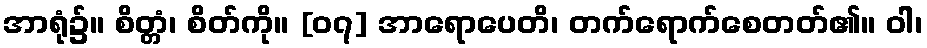
အာရုံ၌။ စိတ္တံ၊ စိတ်ကို။ [၀၇] အာရောပေတိ၊ တက်ရောက်စေတတ်၏။ ဝါ၊